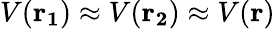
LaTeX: V(\mathbf{r_{1}})\approx V(\mathbf{r_{2}})\approx V(\mathbf{r})